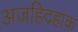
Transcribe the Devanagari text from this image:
अजहिदहाक